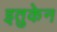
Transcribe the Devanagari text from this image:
इतुकेन